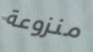
منزوعة